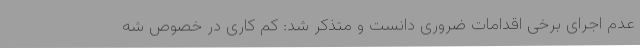
عدم اجرای برخی اقدامات ضروری دانست و متذکر شد: کم کاری در خصوص شه